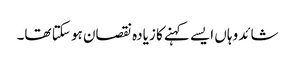
شائد وہاں ایسے کہنے کا زیادہ نقصان ہو سکتا تھا۔